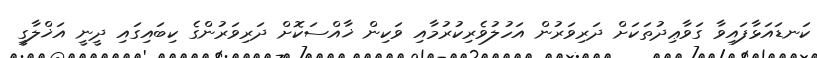
ކަނޑައަޅާފައިވާ ގަވާޢިދުތަކަށް ދަރިވަރުން އަހުލުވެރިކުރުމާއި ވަކިން ޚާއްސަކޮށް ދަރިވަރުންގެ ކިބައިގައި ދީނީ އަޚްލާގީ